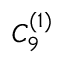
{ C } _ { 9 } ^ { ( 1 ) }